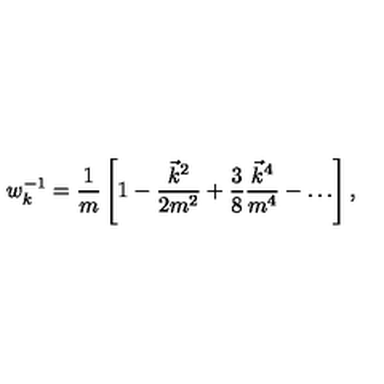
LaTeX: w _ { k } ^ { - 1 } = \frac 1 m \left[ 1 - \frac { \vec { k } ^ { 2 } } { 2 m ^ { 2 } } + \frac 3 8 \frac { \vec { k } ^ { 4 } } { m ^ { 4 } } - \ldots \right] ,